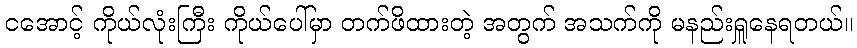
ငအောင့် ကိုယ်လုံးကြီး ကိုယ်ပေါ်မှာ တက်ဖိထားတဲ့ အတွက် အသက်ကို မနည်းရှူနေရတယ်။